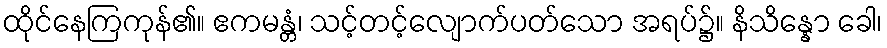
ထိုင်နေကြကုန်၏။ ဧကမန္တံ၊ သင့်တင့်လျောက်ပတ်သော အရပ်၌။ နိသိန္နော ခေါ၊